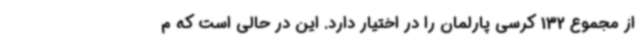
از مجموع 132 کرسی پارلمان را در اختیار دارد. این در حالی است که م